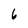
Character: 6